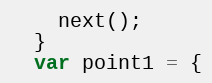
Language: JavaScript
    next();
  }
  var point1 = {